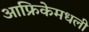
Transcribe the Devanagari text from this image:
आफ्रिकेमधली